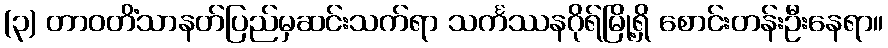
(၃) တာဝတိံသာနတ်ပြည်မှဆင်းသက်ရာ သင်္ကဿနဂိုရ်မြို့ရှိ စောင်းတန်းဦးနေရာ။